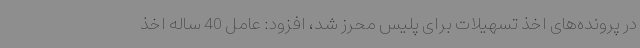
در پرونده‌های اخذ تسهیلات برای پلیس محرز شد، افزود: عامل 40 ساله اخذ